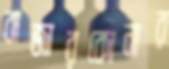
বাজারকোনার